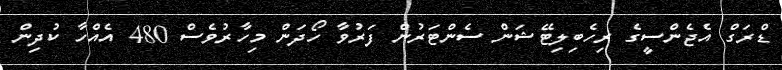
ޑްރަގް އެޖެންސީގެ ރިހެބިލިޓޭޝަން ސެންޓަރުން ފަރުވާ ހޯދަން މިހާރުވެސް 480 އެއްހާ ކުދިން